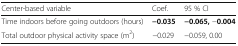
| Center-based variable | Coef. | 95 % CI |
 | --- | --- | --- |
 | Time indoors before going outdoors (hours) | −0.035 | −0.065, −0.004 |
 | Total outdoor physical activity space (m2) | −0.029 | −0.059, 0.00 |